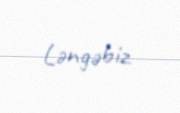
Ləngəbiz